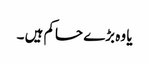
یا وہ بڑے حاکم ہیں ۔